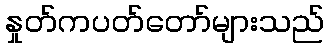
နှုတ်ကပတ်တော်များသည်